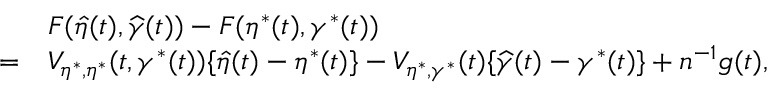
\begin{array} { r l } & { F ( \widehat { \eta } ( t ) , \widehat { \gamma } ( t ) ) - F ( \eta ^ { * } ( t ) , \gamma ^ { * } ( t ) ) } \\ { = } & { V _ { \eta ^ { * } , \eta ^ { * } } ( t , \gamma ^ { * } ( t ) ) \{ \widehat { \eta } ( t ) - \eta ^ { * } ( t ) \} - V _ { \eta ^ { * } , \gamma ^ { * } } ( t ) \{ \widehat { \gamma } ( t ) - \gamma ^ { * } ( t ) \} + n ^ { - 1 } g ( t ) , } \end{array}